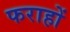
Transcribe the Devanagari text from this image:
फराहों